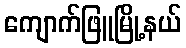
ကျောက်ဖြူမြို့နယ်